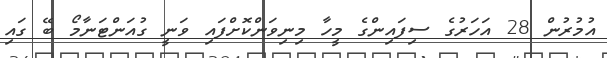
އުމުރުން 28 އަހަރުގެ ސިފައިންގެ މީހާ މިނިވަންކޮށްފައި ވަނީ ގުއަންޓަނާމޯ ބޭ ގައި